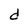
Character: d